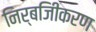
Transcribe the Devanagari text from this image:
निर्बजिीकरण